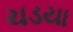
ચડયા